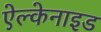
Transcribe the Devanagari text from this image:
ऐल्केनाइड